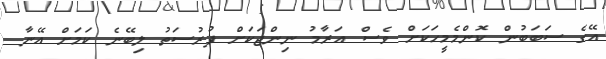
އޭގެ ސަބަބުން ކޮންމެމީހަކަށް ވެސް އަރާމު ނިންޖަކަށް ފުރުސަތު ލިބޭނެ ކަމަށް އޭނާ